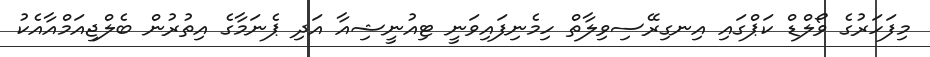
މިފަހަރުގެ ވޯލްޑް ކަޕްގައި އިނގިރޭސިވިލާތް ހިމެނިފައިވަނީ ޓިއުނީޝިއާ އަދި ޕެނަމާގެ އިތުރުން ބެލްޖިއަމްއާއެކު